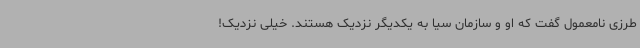
طرزی نامعمول گفت که او و سازمان سیا به یکدیگر نزدیک هستند. خیلی نزدیک!